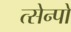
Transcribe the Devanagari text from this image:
त्सेन्पो